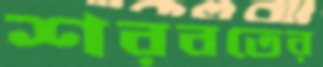
শরবতের